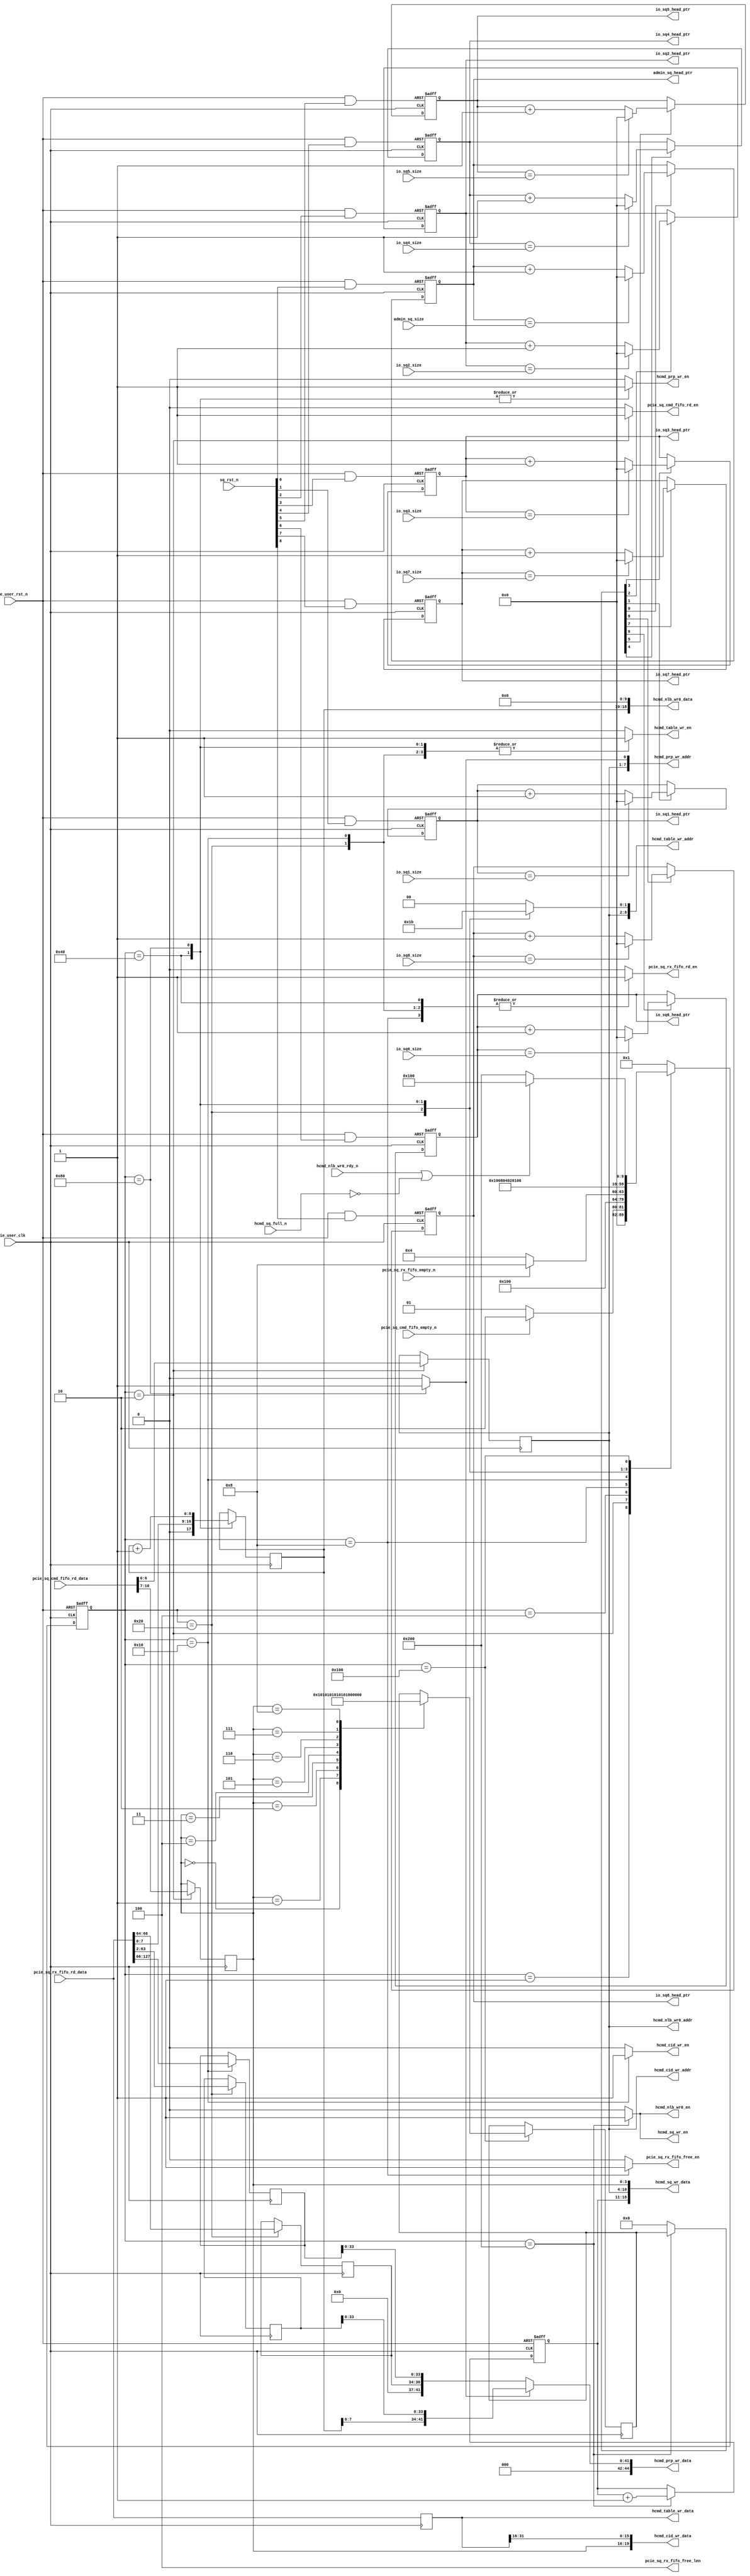

/*
----------------------------------------------------------------------------------
Copyright (c) 2013-2014

  Embedded and Network Computing Lab.
  Open SSD Project
  Hanyang University

All rights reserved.

----------------------------------------------------------------------------------

Redistribution and use in source and binary forms, with or without
modification, are permitted provided that the following conditions are
met:

  1. Redistributions of source code must retain the above copyright
     notice, this list of conditions and the following disclaimer.

  2. Redistributions in binary form must reproduce the above copyright
     notice, this list of conditions and the following disclaimer in the
     documentation and/or other materials provided with the distribution.

  3. All advertising materials mentioning features or use of this source code
     must display the following acknowledgement:
     This product includes source code developed 
     by the Embedded and Network Computing Lab. and the Open SSD Project.

THIS SOFTWARE IS PROVIDED BY THE COPYRIGHT HOLDERS AND CONTRIBUTORS "AS IS" AND
ANY EXPRESS OR IMPLIED WARRANTIES, INCLUDING, BUT NOT LIMITED TO, THE IMPLIED
WARRANTIES OF MERCHANTABILITY AND FITNESS FOR A PARTICULAR PURPOSE ARE
DISCLAIMED. IN NO EVENT SHALL THE COPYRIGHT OWNER OR CONTRIBUTORS BE LIABLE FOR
ANY DIRECT, INDIRECT, INCIDENTAL, SPECIAL, EXEMPLARY, OR CONSEQUENTIAL DAMAGES
(INCLUDING, BUT NOT LIMITED TO, PROCUREMENT OF SUBSTITUTE GOODS OR SERVICES;
LOSS OF USE, DATA, OR PROFITS; OR BUSINESS INTERRUPTION) HOWEVER CAUSED AND
ON ANY THEORY OF LIABILITY, WHETHER IN CONTRACT, STRICT LIABILITY, OR TORT
(INCLUDING NEGLIGENCE OR OTHERWISE) ARISING IN ANY WAY OUT OF THE USE OF THIS
SOFTWARE, EVEN IF ADVISED OF THE POSSIBILITY OF SUCH DAMAGE.

----------------------------------------------------------------------------------

http://enclab.hanyang.ac.kr/
http://www.openssd-project.org/
http://www.hanyang.ac.kr/

----------------------------------------------------------------------------------
*/


`timescale 1ns / 1ps


module pcie_hcmd_sq_recv # (
	parameter	C_PCIE_DATA_WIDTH			= 128,
	parameter	C_PCIE_ADDR_WIDTH			= 36
)
(
	input									pcie_user_clk,
	input									pcie_user_rst_n,
	
	output									pcie_sq_cmd_fifo_rd_en,
	input	[10:0]							pcie_sq_cmd_fifo_rd_data,
	input									pcie_sq_cmd_fifo_empty_n,

	output									pcie_sq_rx_fifo_rd_en,
	input	[C_PCIE_DATA_WIDTH-1:0]			pcie_sq_rx_fifo_rd_data,
	output									pcie_sq_rx_fifo_free_en,
	output	[6:4]							pcie_sq_rx_fifo_free_len,
	input									pcie_sq_rx_fifo_empty_n,

	output									hcmd_table_wr_en,
	output	[8:0]							hcmd_table_wr_addr,
	output	[C_PCIE_DATA_WIDTH-1:0]			hcmd_table_wr_data,

	output									hcmd_cid_wr_en,
	output	[6:0]							hcmd_cid_wr_addr,
	output	[19:0]							hcmd_cid_wr_data,

	output									hcmd_prp_wr_en,
	output	[7:0]							hcmd_prp_wr_addr,
	output	[44:0]							hcmd_prp_wr_data,

	output									hcmd_nlb_wr0_en,
	output	[6:0]							hcmd_nlb_wr0_addr,
	output	[18:0]							hcmd_nlb_wr0_data,
	input									hcmd_nlb_wr0_rdy_n,

	output									hcmd_sq_wr_en,
	output	[18:0]							hcmd_sq_wr_data,
	input									hcmd_sq_full_n,

	input	[8:0]							sq_rst_n,
	input	[7:0]							admin_sq_size,
	input	[7:0]							io_sq1_size,
	input	[7:0]							io_sq2_size,
	input	[7:0]							io_sq3_size,
	input	[7:0]							io_sq4_size,
	input	[7:0]							io_sq5_size,
	input	[7:0]							io_sq6_size,
	input	[7:0]							io_sq7_size,
	input	[7:0]							io_sq8_size,

	output	[7:0]							admin_sq_head_ptr,
	output	[7:0]							io_sq1_head_ptr,
	output	[7:0]							io_sq2_head_ptr,
	output	[7:0]							io_sq3_head_ptr,
	output	[7:0]							io_sq4_head_ptr,
	output	[7:0]							io_sq5_head_ptr,
	output	[7:0]							io_sq6_head_ptr,
	output	[7:0]							io_sq7_head_ptr,
	output	[7:0]							io_sq8_head_ptr
);


localparam	S_IDLE							= 10'b0000000001;
localparam	S_SQ_CMD						= 10'b0000000010;
localparam	S_CHECK_FIFO					= 10'b0000000100;
localparam	S_PCIE_HCMD_0					= 10'b0000001000;
localparam	S_PCIE_HCMD_1					= 10'b0000010000;
localparam	S_PCIE_HCMD_2					= 10'b0000100000;
localparam	S_PCIE_HCMD_3					= 10'b0001000000;
localparam	S_PCIE_NLB						= 10'b0010000000;
localparam	S_PCIE_NLB_WAIT					= 10'b0100000000;
localparam	S_PCIE_HCMD_DONE				= 10'b1000000000;


reg		[9:0]								cur_state;
reg		[9:0]								next_state;


reg		[3:0]								r_sq_qid;
reg		[6:0]								r_hcmd_slot_tag;
reg		[7:0]								r_hcmd_num;

reg											r_pcie_sq_cmd_fifo_rd_en;

reg											r_pcie_sq_rx_fifo_rd_en;
reg		[C_PCIE_DATA_WIDTH-1:0]				r_pcie_sq_rx_fifo_rd_data;
reg											r_pcie_sq_rx_fifo_free_en;

reg		[63:2]								r_hcmd_prp1;
reg		[63:2]								r_hcmd_prp2;

reg		[8:0]								r_hcmd_nlb;
reg		[2:0]								r_hcmd_slba;

reg											r_hcmd_table_wr_en;
reg		[1:0]								r_hcmd_table_addr;
reg											r_hcmd_cid_wr_en;
reg											r_hcmd_prp_wr_en;
reg											r_hcmd_prp_sel;
reg											r_hcmd_sq_wr_en;

reg											r_hcmd_nlb_wr0_en;

reg		[8:0]								r_sq_valid_entry;
reg		[8:0]								r_sq_update_entry;
wire	[8:0]								w_sq_rst_n;
reg		[7:0]								r_admin_sq_head_ptr;
reg		[7:0]								r_io_sq1_head_ptr;
reg		[7:0]								r_io_sq2_head_ptr;
reg		[7:0]								r_io_sq3_head_ptr;
reg		[7:0]								r_io_sq4_head_ptr;
reg		[7:0]								r_io_sq5_head_ptr;
reg		[7:0]								r_io_sq6_head_ptr;
reg		[7:0]								r_io_sq7_head_ptr;
reg		[7:0]								r_io_sq8_head_ptr;

assign pcie_sq_cmd_fifo_rd_en = r_pcie_sq_cmd_fifo_rd_en;

assign pcie_sq_rx_fifo_rd_en = r_pcie_sq_rx_fifo_rd_en;
assign pcie_sq_rx_fifo_free_en = r_pcie_sq_rx_fifo_free_en;
assign pcie_sq_rx_fifo_free_len = 3'b100;

//assign hcmd_table_wr_en = cpld_fifo_wr_en;
assign hcmd_table_wr_en = r_hcmd_table_wr_en;
assign hcmd_table_wr_addr = {r_hcmd_slot_tag, r_hcmd_table_addr};
assign hcmd_table_wr_data = r_pcie_sq_rx_fifo_rd_data;

assign hcmd_sq_wr_en = r_hcmd_sq_wr_en;
assign hcmd_sq_wr_data = {r_hcmd_num, r_hcmd_slot_tag, r_sq_qid};

assign hcmd_cid_wr_en = r_hcmd_cid_wr_en;
assign hcmd_cid_wr_addr = r_hcmd_slot_tag;
assign hcmd_cid_wr_data = {r_sq_qid, r_pcie_sq_rx_fifo_rd_data[31:16]};

assign hcmd_nlb_wr0_en = r_hcmd_nlb_wr0_en;
assign hcmd_nlb_wr0_addr = r_hcmd_slot_tag;
assign hcmd_nlb_wr0_data = {r_hcmd_nlb, 10'b0};

assign hcmd_prp_wr_en = r_hcmd_prp_wr_en;
assign hcmd_prp_wr_addr = {r_hcmd_slot_tag, r_hcmd_prp_sel};
assign hcmd_prp_wr_data = (r_hcmd_prp_sel == 0) ? {8'b0, r_hcmd_slba, r_hcmd_prp1[C_PCIE_ADDR_WIDTH-1:2]} 
												: {3'b0, r_hcmd_nlb[7:0], r_hcmd_prp2[C_PCIE_ADDR_WIDTH-1:2]};


always @ (posedge pcie_user_clk or negedge pcie_user_rst_n)
begin
	if(pcie_user_rst_n == 0)
		cur_state <= S_IDLE;
	else
		cur_state <= next_state;
end

always @ (*)
begin
	case(cur_state)
		S_IDLE: begin
			if(pcie_sq_cmd_fifo_empty_n == 1)
				next_state <= S_SQ_CMD;
			else
				next_state <= S_IDLE;
		end
		S_SQ_CMD: begin
			next_state <= S_CHECK_FIFO;
		end
		S_CHECK_FIFO: begin
			if(pcie_sq_rx_fifo_empty_n == 1)
				next_state <= S_PCIE_HCMD_0;
			else
				next_state <= S_CHECK_FIFO;
		end
		S_PCIE_HCMD_0: begin
			next_state <= S_PCIE_HCMD_1;
		end
		S_PCIE_HCMD_1: begin
			next_state <= S_PCIE_HCMD_2;
		end
		S_PCIE_HCMD_2: begin
			next_state <= S_PCIE_HCMD_3;
		end
		S_PCIE_HCMD_3: begin
			next_state <= S_PCIE_NLB;
		end
		S_PCIE_NLB: begin
			next_state <= S_PCIE_NLB_WAIT;
		end
		S_PCIE_NLB_WAIT: begin
			if(hcmd_nlb_wr0_rdy_n == 1 || hcmd_sq_full_n == 0)
				next_state <= S_PCIE_NLB_WAIT;
			else
				next_state <= S_PCIE_HCMD_DONE;
		end
		S_PCIE_HCMD_DONE: begin
			next_state <= S_IDLE;
		end
		default: begin
			next_state <= S_IDLE;
		end
	endcase
end

always @ (posedge pcie_user_clk or negedge pcie_user_rst_n)
begin
	if(pcie_user_rst_n == 0) begin
		r_hcmd_num <= 0;
	end
	else begin
		case(cur_state)
			S_IDLE: begin

			end
			S_SQ_CMD: begin

			end
			S_CHECK_FIFO: begin

			end
			S_PCIE_HCMD_0: begin

			end
			S_PCIE_HCMD_1: begin

			end
			S_PCIE_HCMD_2: begin

			end
			S_PCIE_HCMD_3: begin

			end
			S_PCIE_NLB: begin

			end
			S_PCIE_NLB_WAIT: begin

			end
			S_PCIE_HCMD_DONE: begin
				r_hcmd_num <= r_hcmd_num + 1;
			end
			default: begin

			end
		endcase
	end
end

always @ (posedge pcie_user_clk)
begin
	case(cur_state)
		S_IDLE: begin

		end
		S_SQ_CMD: begin
			r_sq_qid <= pcie_sq_cmd_fifo_rd_data[10:7];
			r_hcmd_slot_tag <= pcie_sq_cmd_fifo_rd_data[6:0];
		end
		S_CHECK_FIFO: begin

		end
		S_PCIE_HCMD_0: begin

		end
		S_PCIE_HCMD_1: begin
			r_hcmd_prp1[63:2] <= pcie_sq_rx_fifo_rd_data[127:66];
		end
		S_PCIE_HCMD_2: begin
			r_hcmd_prp2[63:2] <= pcie_sq_rx_fifo_rd_data[63:2];
			r_hcmd_slba <= pcie_sq_rx_fifo_rd_data[66:64];
		end
		S_PCIE_HCMD_3: begin
			r_hcmd_nlb <= {1'b0, pcie_sq_rx_fifo_rd_data[7:0]};
		end
		S_PCIE_NLB: begin
			r_hcmd_nlb <= r_hcmd_nlb + 1;
		end
		S_PCIE_NLB_WAIT: begin
			case(r_sq_qid) // synthesis parallel_case full_case
				4'h0: r_sq_valid_entry <= 9'b000000001;
				4'h1: r_sq_valid_entry <= 9'b000000010;
				4'h2: r_sq_valid_entry <= 9'b000000100;
				4'h3: r_sq_valid_entry <= 9'b000001000;
				4'h4: r_sq_valid_entry <= 9'b000010000;
				4'h5: r_sq_valid_entry <= 9'b000100000;
				4'h6: r_sq_valid_entry <= 9'b001000000;
				4'h7: r_sq_valid_entry <= 9'b010000000;
				4'h8: r_sq_valid_entry <= 9'b100000000;
			endcase
		end
		S_PCIE_HCMD_DONE: begin

		end
		default: begin

		end
	endcase
end

always @ (posedge pcie_user_clk)
begin
	r_pcie_sq_rx_fifo_rd_data <= pcie_sq_rx_fifo_rd_data;
end

always @ (*)
begin
	case(cur_state)
		S_IDLE: begin
			r_pcie_sq_cmd_fifo_rd_en <= 0;
			r_pcie_sq_rx_fifo_rd_en <= 0;
			r_pcie_sq_rx_fifo_free_en <= 0;
			r_hcmd_table_wr_en <= 0;
			r_hcmd_table_addr <= 2'b00;
			r_hcmd_cid_wr_en <= 0;
			r_hcmd_prp_wr_en <= 0;
			r_hcmd_prp_sel <= 0;
			r_hcmd_nlb_wr0_en <= 0;
			r_hcmd_sq_wr_en <= 0;
			r_sq_update_entry <= 0;
		end
		S_SQ_CMD: begin
			r_pcie_sq_cmd_fifo_rd_en <= 1;
			r_pcie_sq_rx_fifo_rd_en <= 0;
			r_pcie_sq_rx_fifo_free_en <= 0;
			r_hcmd_table_wr_en <= 0;
			r_hcmd_table_addr <= 2'b00;
			r_hcmd_cid_wr_en <= 0;
			r_hcmd_prp_wr_en <= 0;
			r_hcmd_prp_sel <= 0;
			r_hcmd_nlb_wr0_en <= 0;
			r_hcmd_sq_wr_en <= 0;
			r_sq_update_entry <= 0;
		end
		S_CHECK_FIFO: begin
			r_pcie_sq_cmd_fifo_rd_en <= 0;
			r_pcie_sq_rx_fifo_rd_en <= 0;
			r_pcie_sq_rx_fifo_free_en <= 0;
			r_hcmd_table_wr_en <= 0;
			r_hcmd_table_addr <= 2'b00;
			r_hcmd_cid_wr_en <= 0;
			r_hcmd_prp_wr_en <= 0;
			r_hcmd_prp_sel <= 0;
			r_hcmd_nlb_wr0_en <= 0;
			r_hcmd_sq_wr_en <= 0;
			r_sq_update_entry <= 0;
		end
		S_PCIE_HCMD_0: begin
			r_pcie_sq_cmd_fifo_rd_en <= 0;
			r_pcie_sq_rx_fifo_rd_en <= 1;
			r_pcie_sq_rx_fifo_free_en <= 1;
			r_hcmd_table_wr_en <= 0;
			r_hcmd_table_addr <= 2'b00;
			r_hcmd_cid_wr_en <= 0;
			r_hcmd_prp_wr_en <= 0;
			r_hcmd_prp_sel <= 0;
			r_hcmd_nlb_wr0_en <= 0;
			r_hcmd_sq_wr_en <= 0;
			r_sq_update_entry <= 0;
		end
		S_PCIE_HCMD_1: begin
			r_pcie_sq_cmd_fifo_rd_en <= 0;
			r_pcie_sq_rx_fifo_rd_en <= 1;
			r_pcie_sq_rx_fifo_free_en <= 0;
			r_hcmd_table_wr_en <= 1;
			r_hcmd_table_addr <= 2'b00;
			r_hcmd_cid_wr_en <= 1;
			r_hcmd_prp_wr_en <= 0;
			r_hcmd_prp_sel <= 0;
			r_hcmd_nlb_wr0_en <= 0;
			r_hcmd_sq_wr_en <= 0;
			r_sq_update_entry <= 0;
		end
		S_PCIE_HCMD_2: begin
			r_pcie_sq_cmd_fifo_rd_en <= 0;
			r_pcie_sq_rx_fifo_rd_en <= 1;
			r_pcie_sq_rx_fifo_free_en <= 0;
			r_hcmd_table_wr_en <= 1;
			r_hcmd_table_addr <= 2'b01;
			r_hcmd_cid_wr_en <= 0;
			r_hcmd_prp_wr_en <= 0;
			r_hcmd_prp_sel <= 0;
			r_hcmd_nlb_wr0_en <= 0;
			r_hcmd_sq_wr_en <= 0;
			r_sq_update_entry <= 0;
		end
		S_PCIE_HCMD_3: begin
			r_pcie_sq_cmd_fifo_rd_en <= 0;
			r_pcie_sq_rx_fifo_rd_en <= 1;
			r_pcie_sq_rx_fifo_free_en <= 0;
			r_hcmd_table_wr_en <= 1;
			r_hcmd_table_addr <= 2'b10;
			r_hcmd_cid_wr_en <= 0;
			r_hcmd_prp_wr_en <= 1;
			r_hcmd_prp_sel <= 0;
			r_hcmd_nlb_wr0_en <= 0;
			r_hcmd_sq_wr_en <= 0;
			r_sq_update_entry <= 0;
		end
		S_PCIE_NLB: begin
			r_pcie_sq_cmd_fifo_rd_en <= 0;
			r_pcie_sq_rx_fifo_rd_en <= 0;
			r_pcie_sq_rx_fifo_free_en <= 0;
			r_hcmd_table_wr_en <= 1;
			r_hcmd_table_addr <= 2'b11;
			r_hcmd_cid_wr_en <= 0;
			r_hcmd_nlb_wr0_en <= 0;
			r_hcmd_prp_wr_en <= 1;
			r_hcmd_prp_sel <= 1;
			r_hcmd_sq_wr_en <= 0;
			r_sq_update_entry <= 0;
		end
		S_PCIE_NLB_WAIT: begin
			r_pcie_sq_cmd_fifo_rd_en <= 0;
			r_pcie_sq_rx_fifo_rd_en <= 0;
			r_pcie_sq_rx_fifo_free_en <= 0;
			r_hcmd_table_wr_en <= 0;
			r_hcmd_table_addr <= 2'b00;
			r_hcmd_cid_wr_en <= 0;
			r_hcmd_nlb_wr0_en <= 0;
			r_hcmd_prp_wr_en <= 0;
			r_hcmd_prp_sel <= 0;
			r_hcmd_sq_wr_en <= 0;
			r_sq_update_entry <= 0;
		end
		S_PCIE_HCMD_DONE: begin
			r_pcie_sq_cmd_fifo_rd_en <= 0;
			r_pcie_sq_rx_fifo_rd_en <= 0;
			r_pcie_sq_rx_fifo_free_en <= 0;
			r_hcmd_table_wr_en <= 0;
			r_hcmd_table_addr <= 2'b00;
			r_hcmd_cid_wr_en <= 0;
			r_hcmd_prp_wr_en <= 0;
			r_hcmd_prp_sel <= 0;
			r_hcmd_nlb_wr0_en <= 1;
			r_hcmd_sq_wr_en <= 1;
			r_sq_update_entry <= r_sq_valid_entry;
		end
		default: begin
			r_pcie_sq_cmd_fifo_rd_en <= 0;
			r_pcie_sq_rx_fifo_rd_en <= 0;
			r_pcie_sq_rx_fifo_free_en <= 0;
			r_hcmd_table_wr_en <= 0;
			r_hcmd_table_addr <= 2'b00;
			r_hcmd_cid_wr_en <= 0;
			r_hcmd_prp_wr_en <= 0;
			r_hcmd_prp_sel <= 0;
			r_hcmd_nlb_wr0_en <= 0;
			r_hcmd_sq_wr_en <= 0;
			r_sq_update_entry <= 0;
		end
	endcase
end


assign admin_sq_head_ptr = r_admin_sq_head_ptr;
assign io_sq1_head_ptr = r_io_sq1_head_ptr;
assign io_sq2_head_ptr = r_io_sq2_head_ptr;
assign io_sq3_head_ptr = r_io_sq3_head_ptr;
assign io_sq4_head_ptr = r_io_sq4_head_ptr;
assign io_sq5_head_ptr = r_io_sq5_head_ptr;
assign io_sq6_head_ptr = r_io_sq6_head_ptr;
assign io_sq7_head_ptr = r_io_sq7_head_ptr;
assign io_sq8_head_ptr = r_io_sq8_head_ptr;

assign w_sq_rst_n[0] = pcie_user_rst_n & sq_rst_n[0];
assign w_sq_rst_n[1] = pcie_user_rst_n & sq_rst_n[1];
assign w_sq_rst_n[2] = pcie_user_rst_n & sq_rst_n[2];
assign w_sq_rst_n[3] = pcie_user_rst_n & sq_rst_n[3];
assign w_sq_rst_n[4] = pcie_user_rst_n & sq_rst_n[4];
assign w_sq_rst_n[5] = pcie_user_rst_n & sq_rst_n[5];
assign w_sq_rst_n[6] = pcie_user_rst_n & sq_rst_n[6];
assign w_sq_rst_n[7] = pcie_user_rst_n & sq_rst_n[7];
assign w_sq_rst_n[8] = pcie_user_rst_n & sq_rst_n[8];

always @ (posedge pcie_user_clk or negedge w_sq_rst_n[0])
begin
	if(w_sq_rst_n[0] == 0) begin
		r_admin_sq_head_ptr <= 0;
	end
	else begin
		if(r_sq_update_entry[0] == 1) begin
			if(r_admin_sq_head_ptr == admin_sq_size) begin
				r_admin_sq_head_ptr <= 0;
			end
			else begin
				r_admin_sq_head_ptr <= r_admin_sq_head_ptr + 1;
			end
		end
	end
end

always @ (posedge pcie_user_clk or negedge w_sq_rst_n[1])
begin
	if(w_sq_rst_n[1] == 0) begin
		r_io_sq1_head_ptr <= 0;
	end
	else begin
		if(r_sq_update_entry[1] == 1) begin
			if(r_io_sq1_head_ptr == io_sq1_size) begin
				r_io_sq1_head_ptr <= 0;
			end
			else begin
				r_io_sq1_head_ptr <= r_io_sq1_head_ptr + 1;
			end
		end
	end
end

always @ (posedge pcie_user_clk or negedge w_sq_rst_n[2])
begin
	if(w_sq_rst_n[2] == 0) begin
		r_io_sq2_head_ptr <= 0;
	end
	else begin
		if(r_sq_update_entry[2] == 1) begin
			if(r_io_sq2_head_ptr == io_sq2_size) begin
				r_io_sq2_head_ptr <= 0;
			end
			else begin
				r_io_sq2_head_ptr <= r_io_sq2_head_ptr + 1;
			end
		end
	end
end

always @ (posedge pcie_user_clk or negedge w_sq_rst_n[3])
begin
	if(w_sq_rst_n[3] == 0) begin
		r_io_sq3_head_ptr <= 0;
	end
	else begin
		if(r_sq_update_entry[3] == 1) begin
			if(r_io_sq3_head_ptr == io_sq3_size) begin
				r_io_sq3_head_ptr <= 0;
			end
			else begin
				r_io_sq3_head_ptr <= r_io_sq3_head_ptr + 1;
			end
		end
	end
end

always @ (posedge pcie_user_clk or negedge w_sq_rst_n[4])
begin
	if(w_sq_rst_n[4] == 0) begin
		r_io_sq4_head_ptr <= 0;
	end
	else begin
		if(r_sq_update_entry[4] == 1) begin
			if(r_io_sq4_head_ptr == io_sq4_size) begin
				r_io_sq4_head_ptr <= 0;
			end
			else begin
				r_io_sq4_head_ptr <= r_io_sq4_head_ptr + 1;
			end
		end
	end
end

always @ (posedge pcie_user_clk or negedge w_sq_rst_n[5])
begin
	if(w_sq_rst_n[5] == 0) begin
		r_io_sq5_head_ptr <= 0;
	end
	else begin
		if(r_sq_update_entry[5] == 1) begin
			if(r_io_sq5_head_ptr == io_sq5_size) begin
				r_io_sq5_head_ptr <= 0;
			end
			else begin
				r_io_sq5_head_ptr <= r_io_sq5_head_ptr + 1;
			end
		end
	end
end

always @ (posedge pcie_user_clk or negedge w_sq_rst_n[6])
begin
	if(w_sq_rst_n[6] == 0) begin
		r_io_sq6_head_ptr <= 0;
	end
	else begin
		if(r_sq_update_entry[6] == 1) begin
			if(r_io_sq6_head_ptr == io_sq6_size) begin
				r_io_sq6_head_ptr <= 0;
			end
			else begin
				r_io_sq6_head_ptr <= r_io_sq6_head_ptr + 1;
			end
		end
	end
end

always @ (posedge pcie_user_clk or negedge w_sq_rst_n[7])
begin
	if(w_sq_rst_n[7] == 0) begin
		r_io_sq7_head_ptr <= 0;
	end
	else begin
		if(r_sq_update_entry[7] == 1) begin
			if(r_io_sq7_head_ptr == io_sq7_size) begin
				r_io_sq7_head_ptr <= 0;
			end
			else begin
				r_io_sq7_head_ptr <= r_io_sq7_head_ptr + 1;
			end
		end
	end
end

always @ (posedge pcie_user_clk or negedge w_sq_rst_n[8])
begin
	if(w_sq_rst_n[8] == 0) begin
		r_io_sq8_head_ptr <= 0;
	end
	else begin
		if(r_sq_update_entry[8] == 1) begin
			if(r_io_sq8_head_ptr == io_sq8_size) begin
				r_io_sq8_head_ptr <= 0;
			end
			else begin
				r_io_sq8_head_ptr <= r_io_sq8_head_ptr + 1;
			end
		end
	end
end


endmodule